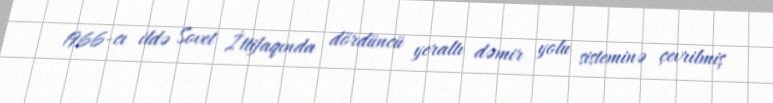
1966-cı ildə Sovet İttifaqında dördüncü yeraltı dəmir yolu sisteminə çevrilmiş